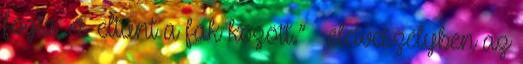
fogta, és eltűnt a fák között.” – életveszélyben az